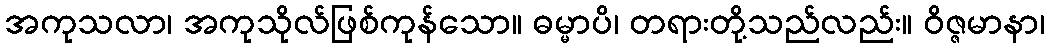
အကုသလာ၊ အကုသိုလ်ဖြစ်ကုန်သော။ ဓမ္မာပိ၊ တရားတို့သည်လည်း။ ဝိဇ္ဇမာနာ၊